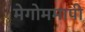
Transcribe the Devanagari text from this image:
मेगोममापी